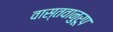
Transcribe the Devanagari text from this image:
वास्तवानुरूप